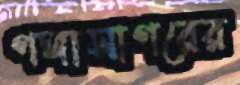
গঙ্গাসাগরের